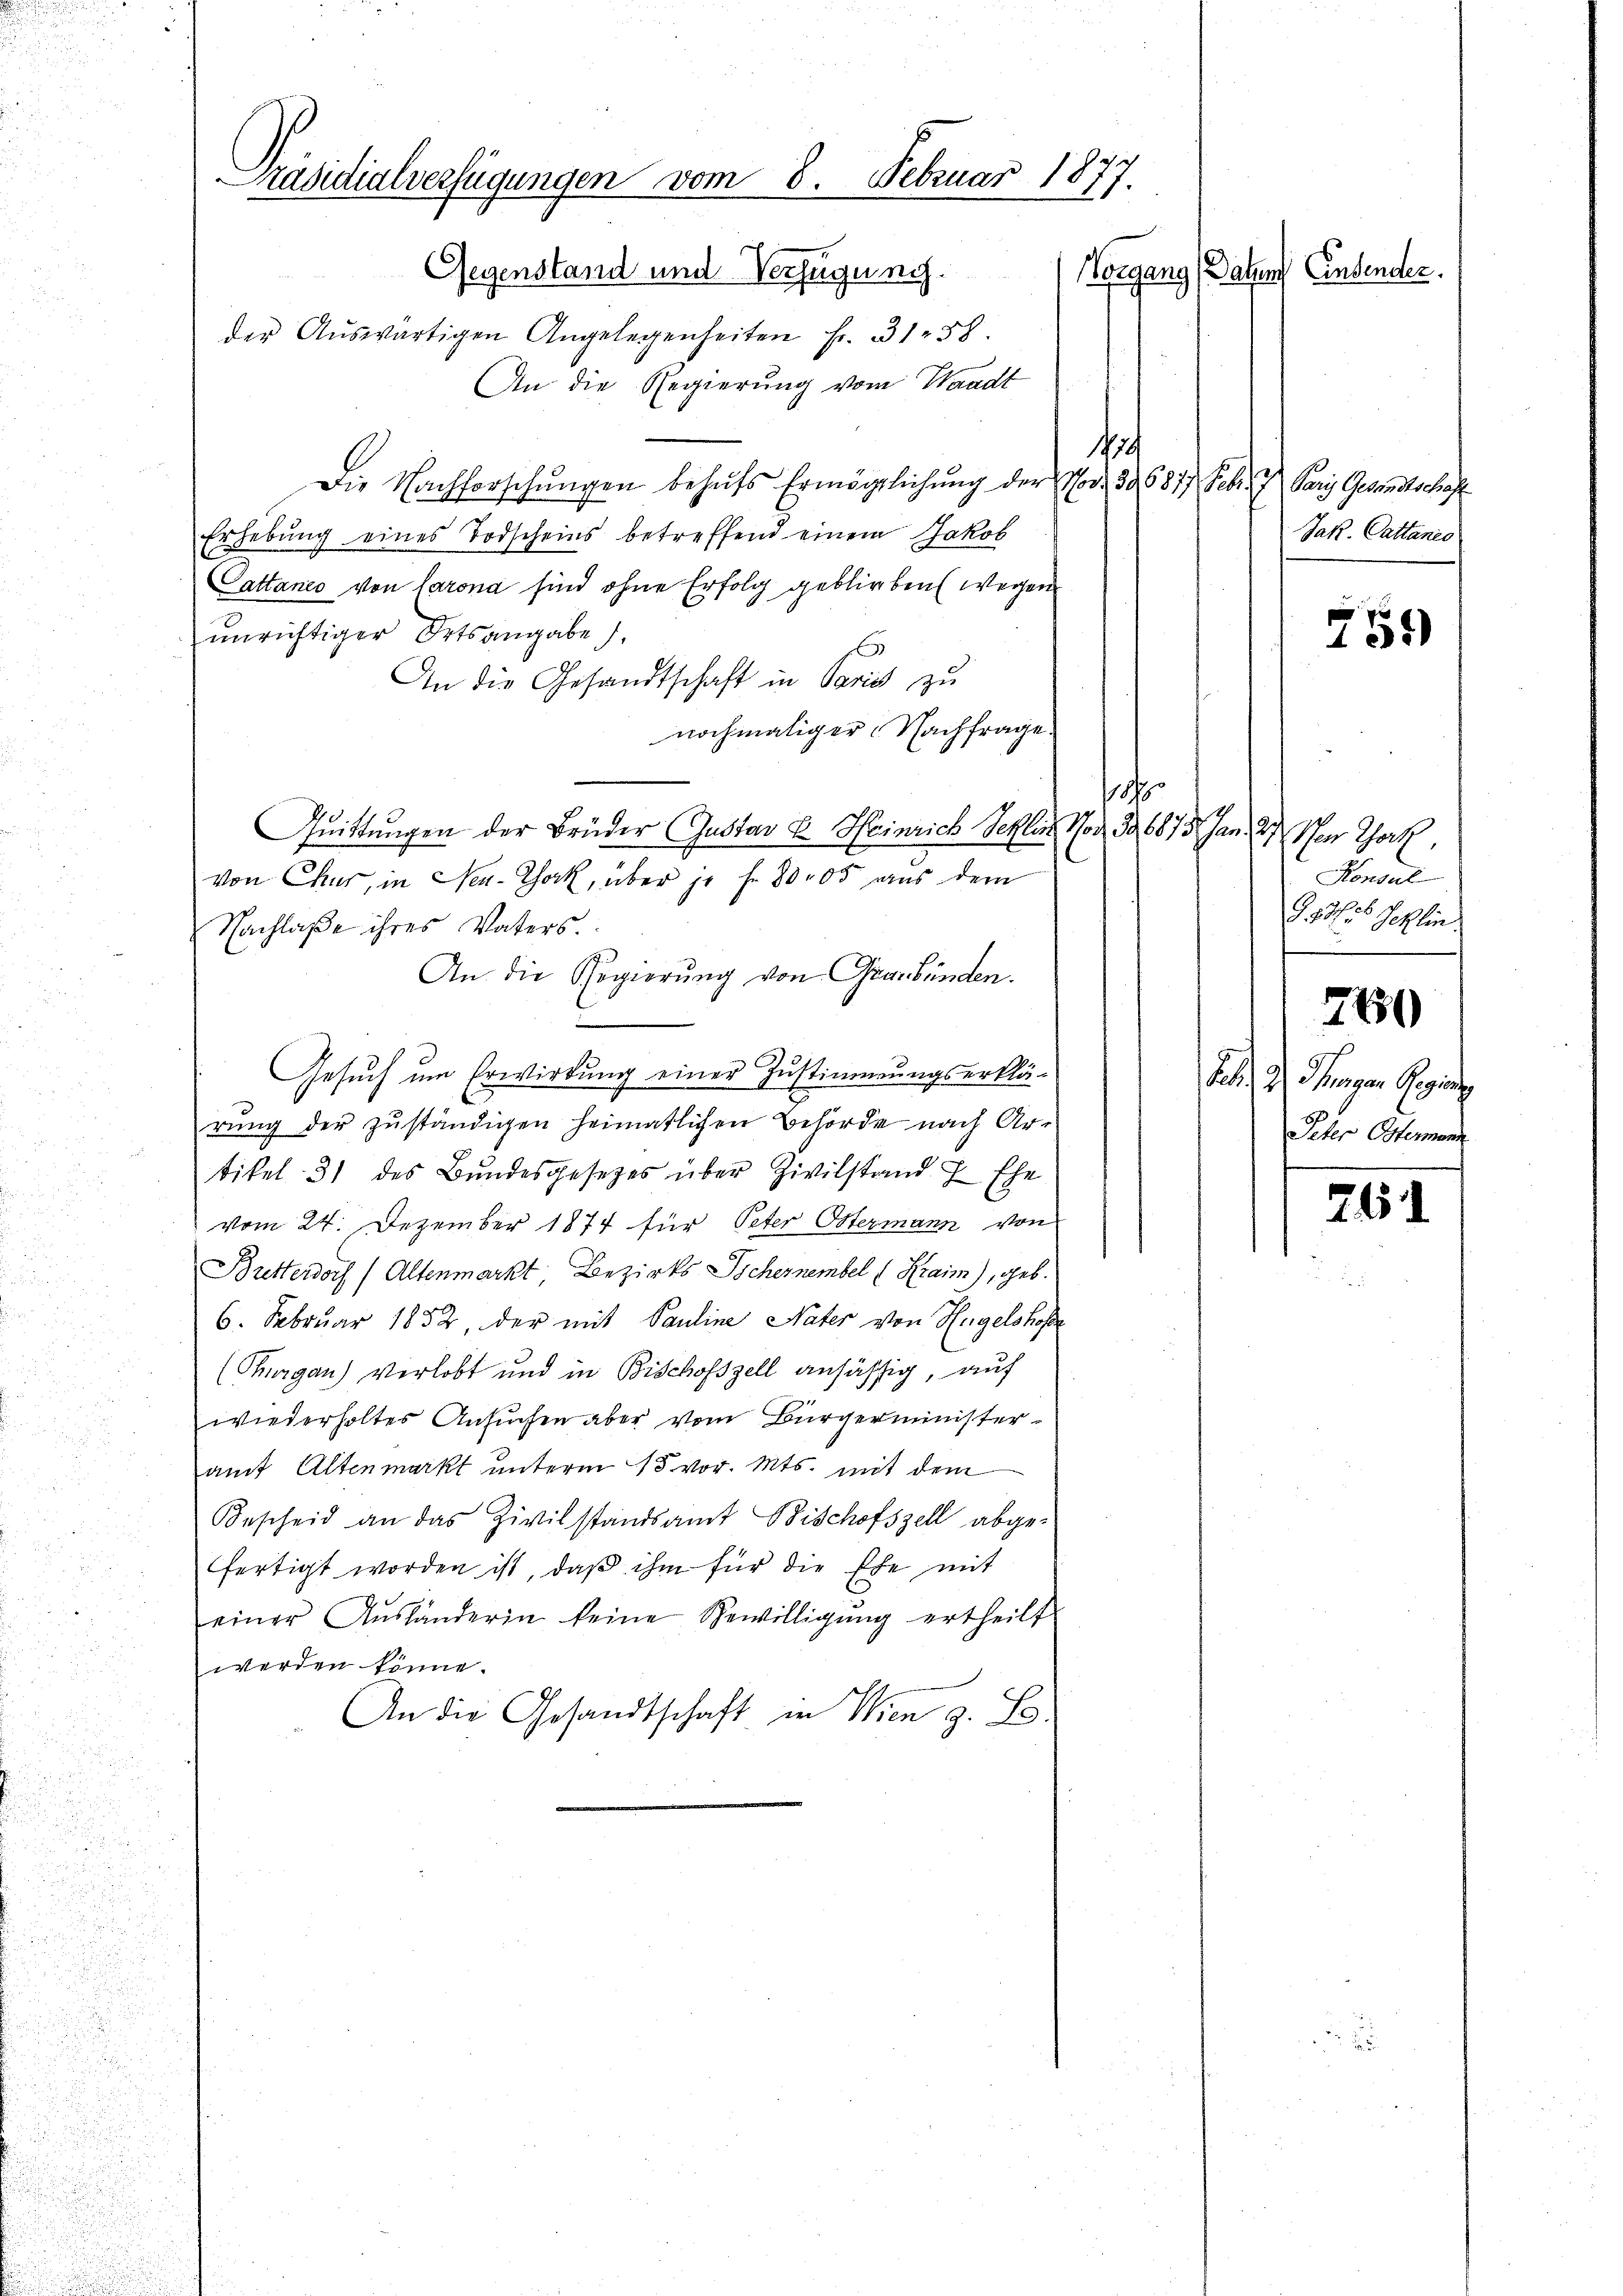
.

An die Regierung vom Waadt
sit
Die Nachforschŭngen behŭfs Ermächtlichŭng der vor. 39. 6877 Febr. 1 Paris Gesandtschaf
Erhebung eines Todscheins betreffend einem Jakob
Cattanco von Carona sind ohne Erfolg geblieben wegen
unrichtiger Ortsangabe
1
An die Gesandtschaft in Paris zu
nochmaliger Nachfrage.
h
Quittungen der Brüder Gustav B. Heinrich Schler No. 3. 6875. Jan. 27. Vor Thork,
von Chur, in New-York, über je f. 80,05 aus dem
Nachlaße ihres Vaters.
An die Regierung von Graubünden.
Gesŭch um Erwirkung einer Zustimmungserklä-
rŭng der zuständigen heimatlichen Behörde nach Ar-
tikel 31 des Bundesgesetzes über Zivilstand H. Ehe
u
vom 24. Dezember 1874 für Peter Ostermann von
.
Bretterdorf (Altenmarkt, Bezirks Tschernembel (Kraim), geb.

6. Februar 1852, der mit Pauline Nater von Hügelshofe
u

(Thurgau) verlobt und in Bischofszell ansässig, auf

wiederholtes Ansuchen aber vom Bürgerminister-
2

2
auf Altenmarkt unterm 15. vor. Mts. mit dem

Bescheid an das Zivilstandsamt Bischofszell abge¬
85
fertigt worden ist, daß ihm für die Ehe mit
einer Aŭsländerin keine Bewilligŭng ertheilt
werden könne.
An die Gesandtschaft in Wien z. B.
d

Präsidialverfügungen vom 8. Februar 1877.
Gegenstand und Verfügung.
Norgang Datums Einsender.
der Aŭswärtigen Angelegenheiten Fr. 31. 58.

Jak. Cattanis
e
155)

Konsul
G. 88. 56 Jeklin.
240
Feb. 9. Jungen Gege
Ieher Ostenann
s

261